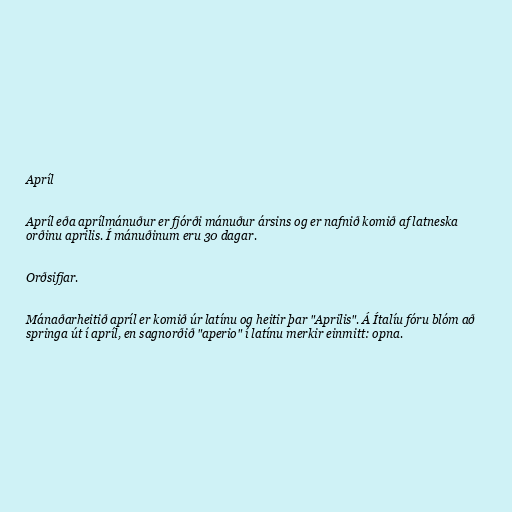
Apríl

Apríl eða aprílmánuður er fjórði mánuður ársins og er nafnið komið af latneska
orðinu aprilis. Í mánuðinum eru 30 dagar.

Orðsifjar.

Mánaðarheitið apríl er komið úr latínu og heitir þar "Aprilis". Á Ítalíu fóru blóm að
springa út í apríl, en sagnorðið "aperio" í latínu merkir einmitt: opna.